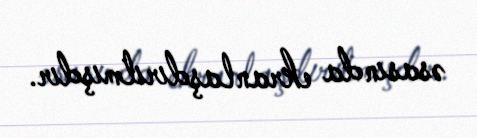
əsasında ekranlaşdırılmışdır.